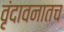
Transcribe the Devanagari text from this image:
वृंदावनातच